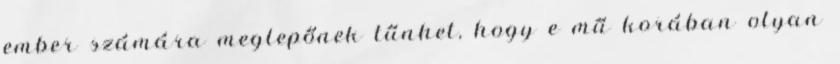
ember számára meglepőnek tűnhet, hogy e mű korában olyan